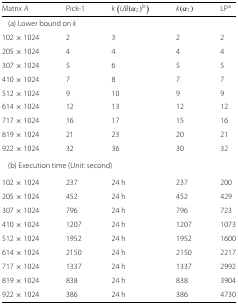
<table><thead><tr><td><b>Matrix <i>A</i></b></td><td><b>Pick-1</b></td><td><b><i>k</i>(<i>U</i><i>B</i>(<i>α</i><sub>2</sub>)<sup><i>b</i></sup>)</b></td><td><b><i>k</i>(<i>α</i><sub>1</sub>)</b></td><td><b>LP<sup>a</sup></b></td></tr></thead><tbody><tr><td colspan="5"> (a) Lower bound on <i>k</i></td></tr><tr><td>102×1024</td><td>2</td><td>3</td><td>2</td><td>2</td></tr><tr><td>205×1024</td><td>4</td><td>4</td><td>4</td><td>4</td></tr><tr><td>307×1024</td><td>5</td><td>6</td><td>5</td><td>5</td></tr><tr><td>410×1024</td><td>7</td><td>8</td><td>7</td><td>7</td></tr><tr><td>512×1024</td><td>9</td><td>10</td><td>9</td><td>9</td></tr><tr><td>614×1024</td><td>12</td><td>13</td><td>12</td><td>12</td></tr><tr><td>717×1024</td><td>16</td><td>17</td><td>15</td><td>16</td></tr><tr><td>819×1024</td><td>21</td><td>23</td><td>20</td><td>21</td></tr><tr><td>922×1024</td><td>32</td><td>36</td><td>30</td><td>32</td></tr><tr><td colspan="5"> (b) Execution time (Unit: second)</td></tr><tr><td>102×1024</td><td>237</td><td>24 h</td><td>237</td><td>200</td></tr><tr><td>205×1024</td><td>452</td><td>24 h</td><td>452</td><td>429</td></tr><tr><td>307×1024</td><td>796</td><td>24 h</td><td>796</td><td>723</td></tr><tr><td>410×1024</td><td>1207</td><td>24 h</td><td>1207</td><td>1073</td></tr><tr><td>512×1024</td><td>1952</td><td>24 h</td><td>1952</td><td>1600</td></tr><tr><td>614×1024</td><td>2150</td><td>24 h</td><td>2150</td><td>2217</td></tr><tr><td>717×1024</td><td>1337</td><td>24 h</td><td>1337</td><td>2992</td></tr><tr><td>819×1024</td><td>838</td><td>24 h</td><td>838</td><td>3904</td></tr><tr><td>922×1024</td><td>386</td><td>24 h</td><td>386</td><td>4730</td></tr></tbody></table>